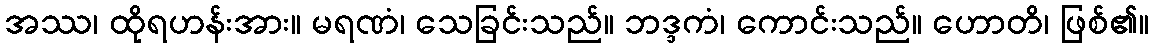
အဿ၊ ထိုရဟန်းအား။ မရဏံ၊ သေခြင်းသည်။ ဘဒ္ဒကံ၊ ကောင်းသည်။ ဟောတိ၊ ဖြစ်၏။